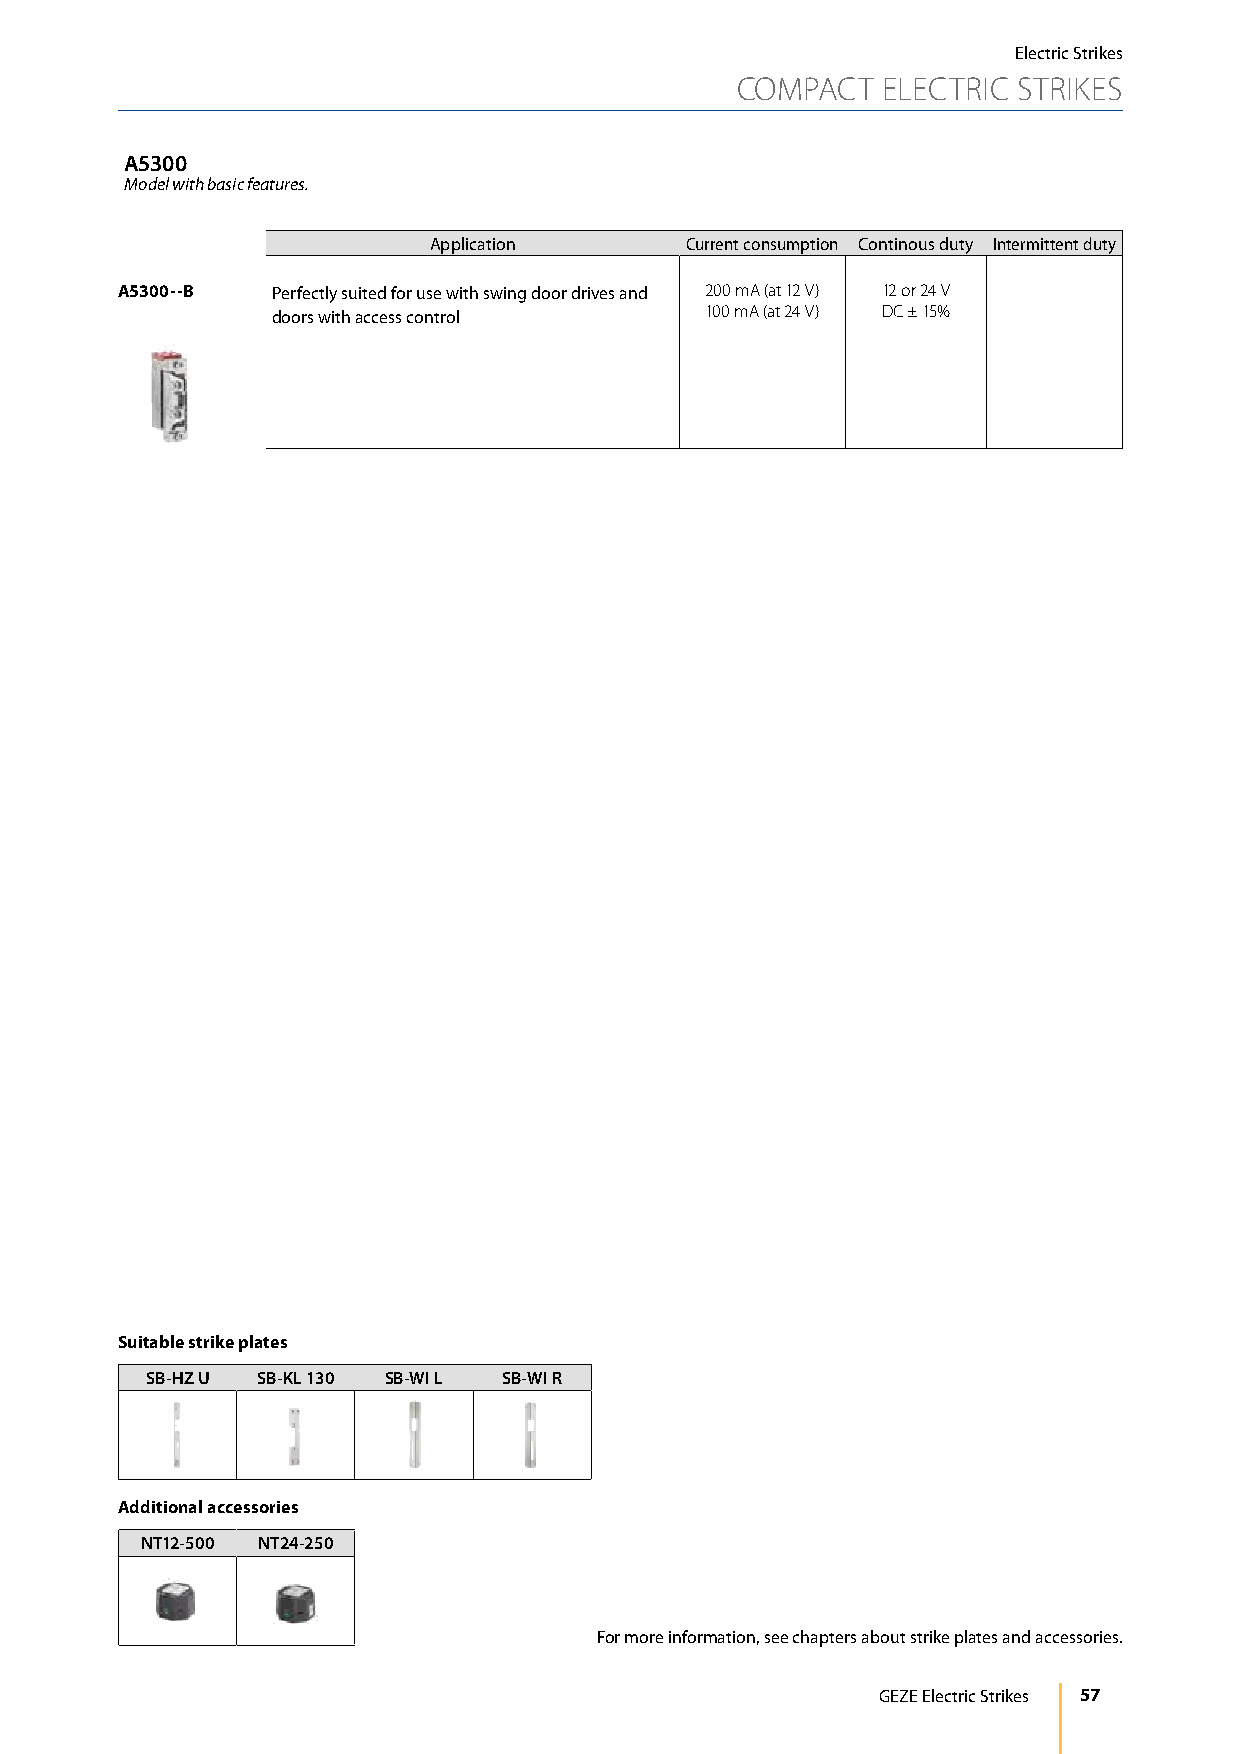
Electric Strikes
 COMPACT  ELECTRIC STRIKES
 A5300
 Model with basic features.
 Application      Current consumption Continous duty Intermittent duty
 A5300--B  Perfectly suited for use with swing door drives and 200 mA (at 12 V) 12 or 24 V
 doors with access control    100 mA (at 24 V) DC ± 15%
 Suitable strike plates
 SB-HZ U SB-KL 130 SB-WI L SB-WI R
 Additional accessories
 NT12-500 NT24-250
 For more information, see chapters about strike plates and accessories.
 GEZE Electric Strikes 57